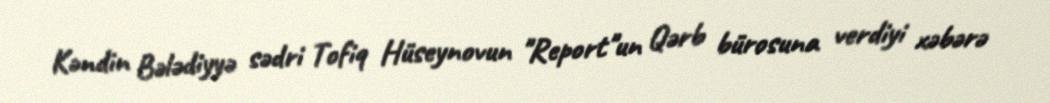
Kəndin Bələdiyyə sədri Tofiq Hüseynovun "Report"un Qərb bürosuna verdiyi xəbərə